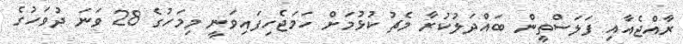
ރާއްޖެއާއި ފަލަސްތީން ބައްދަލުކުރާ މެޗު ކުޅުމަށް ހަމަޖެހިފައިވަނީ މިމަހުގެ 28 ވަނަ ދުވަހުގެ